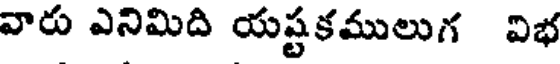
వారు ఎనిమిది యష్టకములుగ విభ